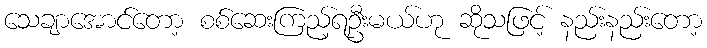
သေချာအောင်တော့ စစ်ဆေးကြည့်ရဦးမယ်ဟု ဆိုသဖြင့် နည်းနည်းတော့